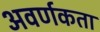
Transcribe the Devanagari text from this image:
अवर्णकता